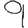
Digit: 9